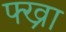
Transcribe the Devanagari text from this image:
फ्ख्रा